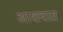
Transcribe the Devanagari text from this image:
आशयात